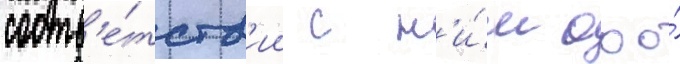
соотв'е́тств'ии с н'и́м ооо́